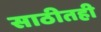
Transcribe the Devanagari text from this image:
साठीतही